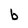
Character: b